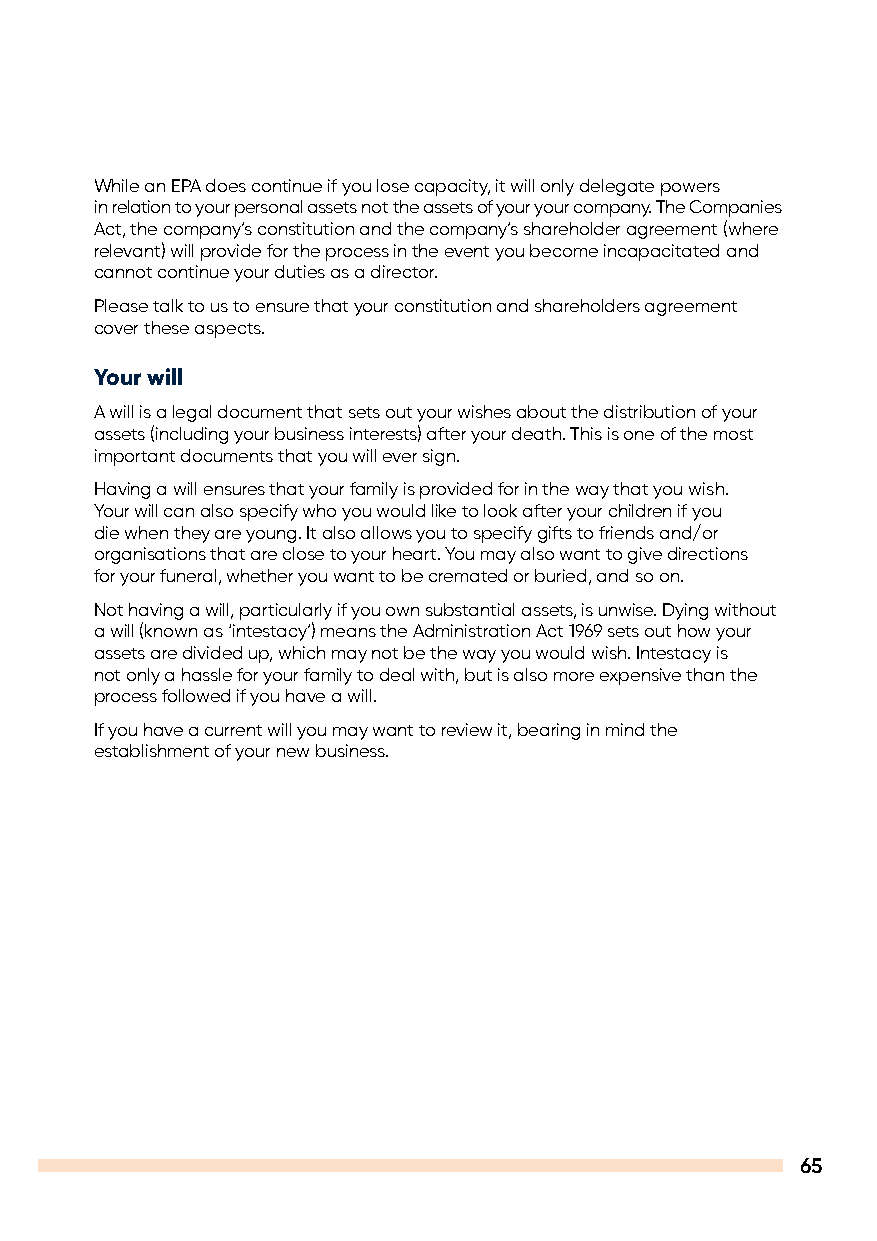
While an EPA does continue if you lose capacity, it will only delegate powers
 in relation to your personal assets not the assets of your your company. The Companies
 Act, the company’s constitution and the company’s shareholder agreement (where
 relevant) will provide for the process in the event you become incapacitated and
 cannot continue your duties as a director.
 Please talk to us to ensure that your constitution and shareholders agreement
 cover these aspects.
 Your will
 A will is a legal document that sets out your wishes about the distribution of your
 assets (including your business interests) after your death. This is one of the most
 important documents that you will ever sign.
 Having a will ensures that your family is provided for in the way that you wish.
 Your will can also specify who you would like to look after your children if you
 die when they are young. It also allows you to specify gifts to friends and/or
 organisations that are close to your heart. You may also want to give directions
 for your funeral, whether you want to be cremated or buried, and so on.
 Not having a will, particularly if you own substantial assets, is unwise. Dying without
 a will (known as ‘intestacy’) means the Administration Act 1969 sets out how your
 assets are divided up, which may not be the way you would wish. Intestacy is
 not only a hassle for your family to deal with, but is also more expensive than the
 process followed if you have a will.
 If you have a current will you may want to review it, bearing in mind the
 establishment of your new business.
 65